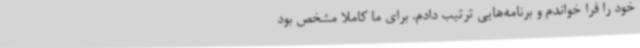
خود را فرا خواندم و برنامه‌هایی ترتیب دادم. برای ما کاملا مشخص بود